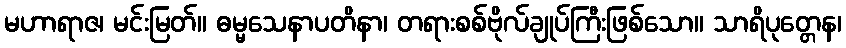
မဟာရာဇ၊ မင်းမြတ်။ ဓမ္မသေနာပတိနာ၊ တရားစစ်ဗိုလ်ချုပ်ကြီးဖြစ်သော။ သာရိပုတ္တေန၊